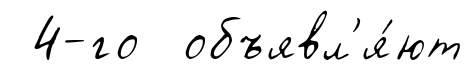
4-го объявл'я́ют